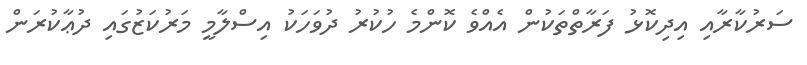
ސަރުކާރާއި އިދިކޮޅު ފަރާތްތަކުން އެއްވެ ކޮންމެ ހުކުރު ދުވަހަކު އިސްލާމީ މަރުކަޒުގައި ދުޢާކުރަން